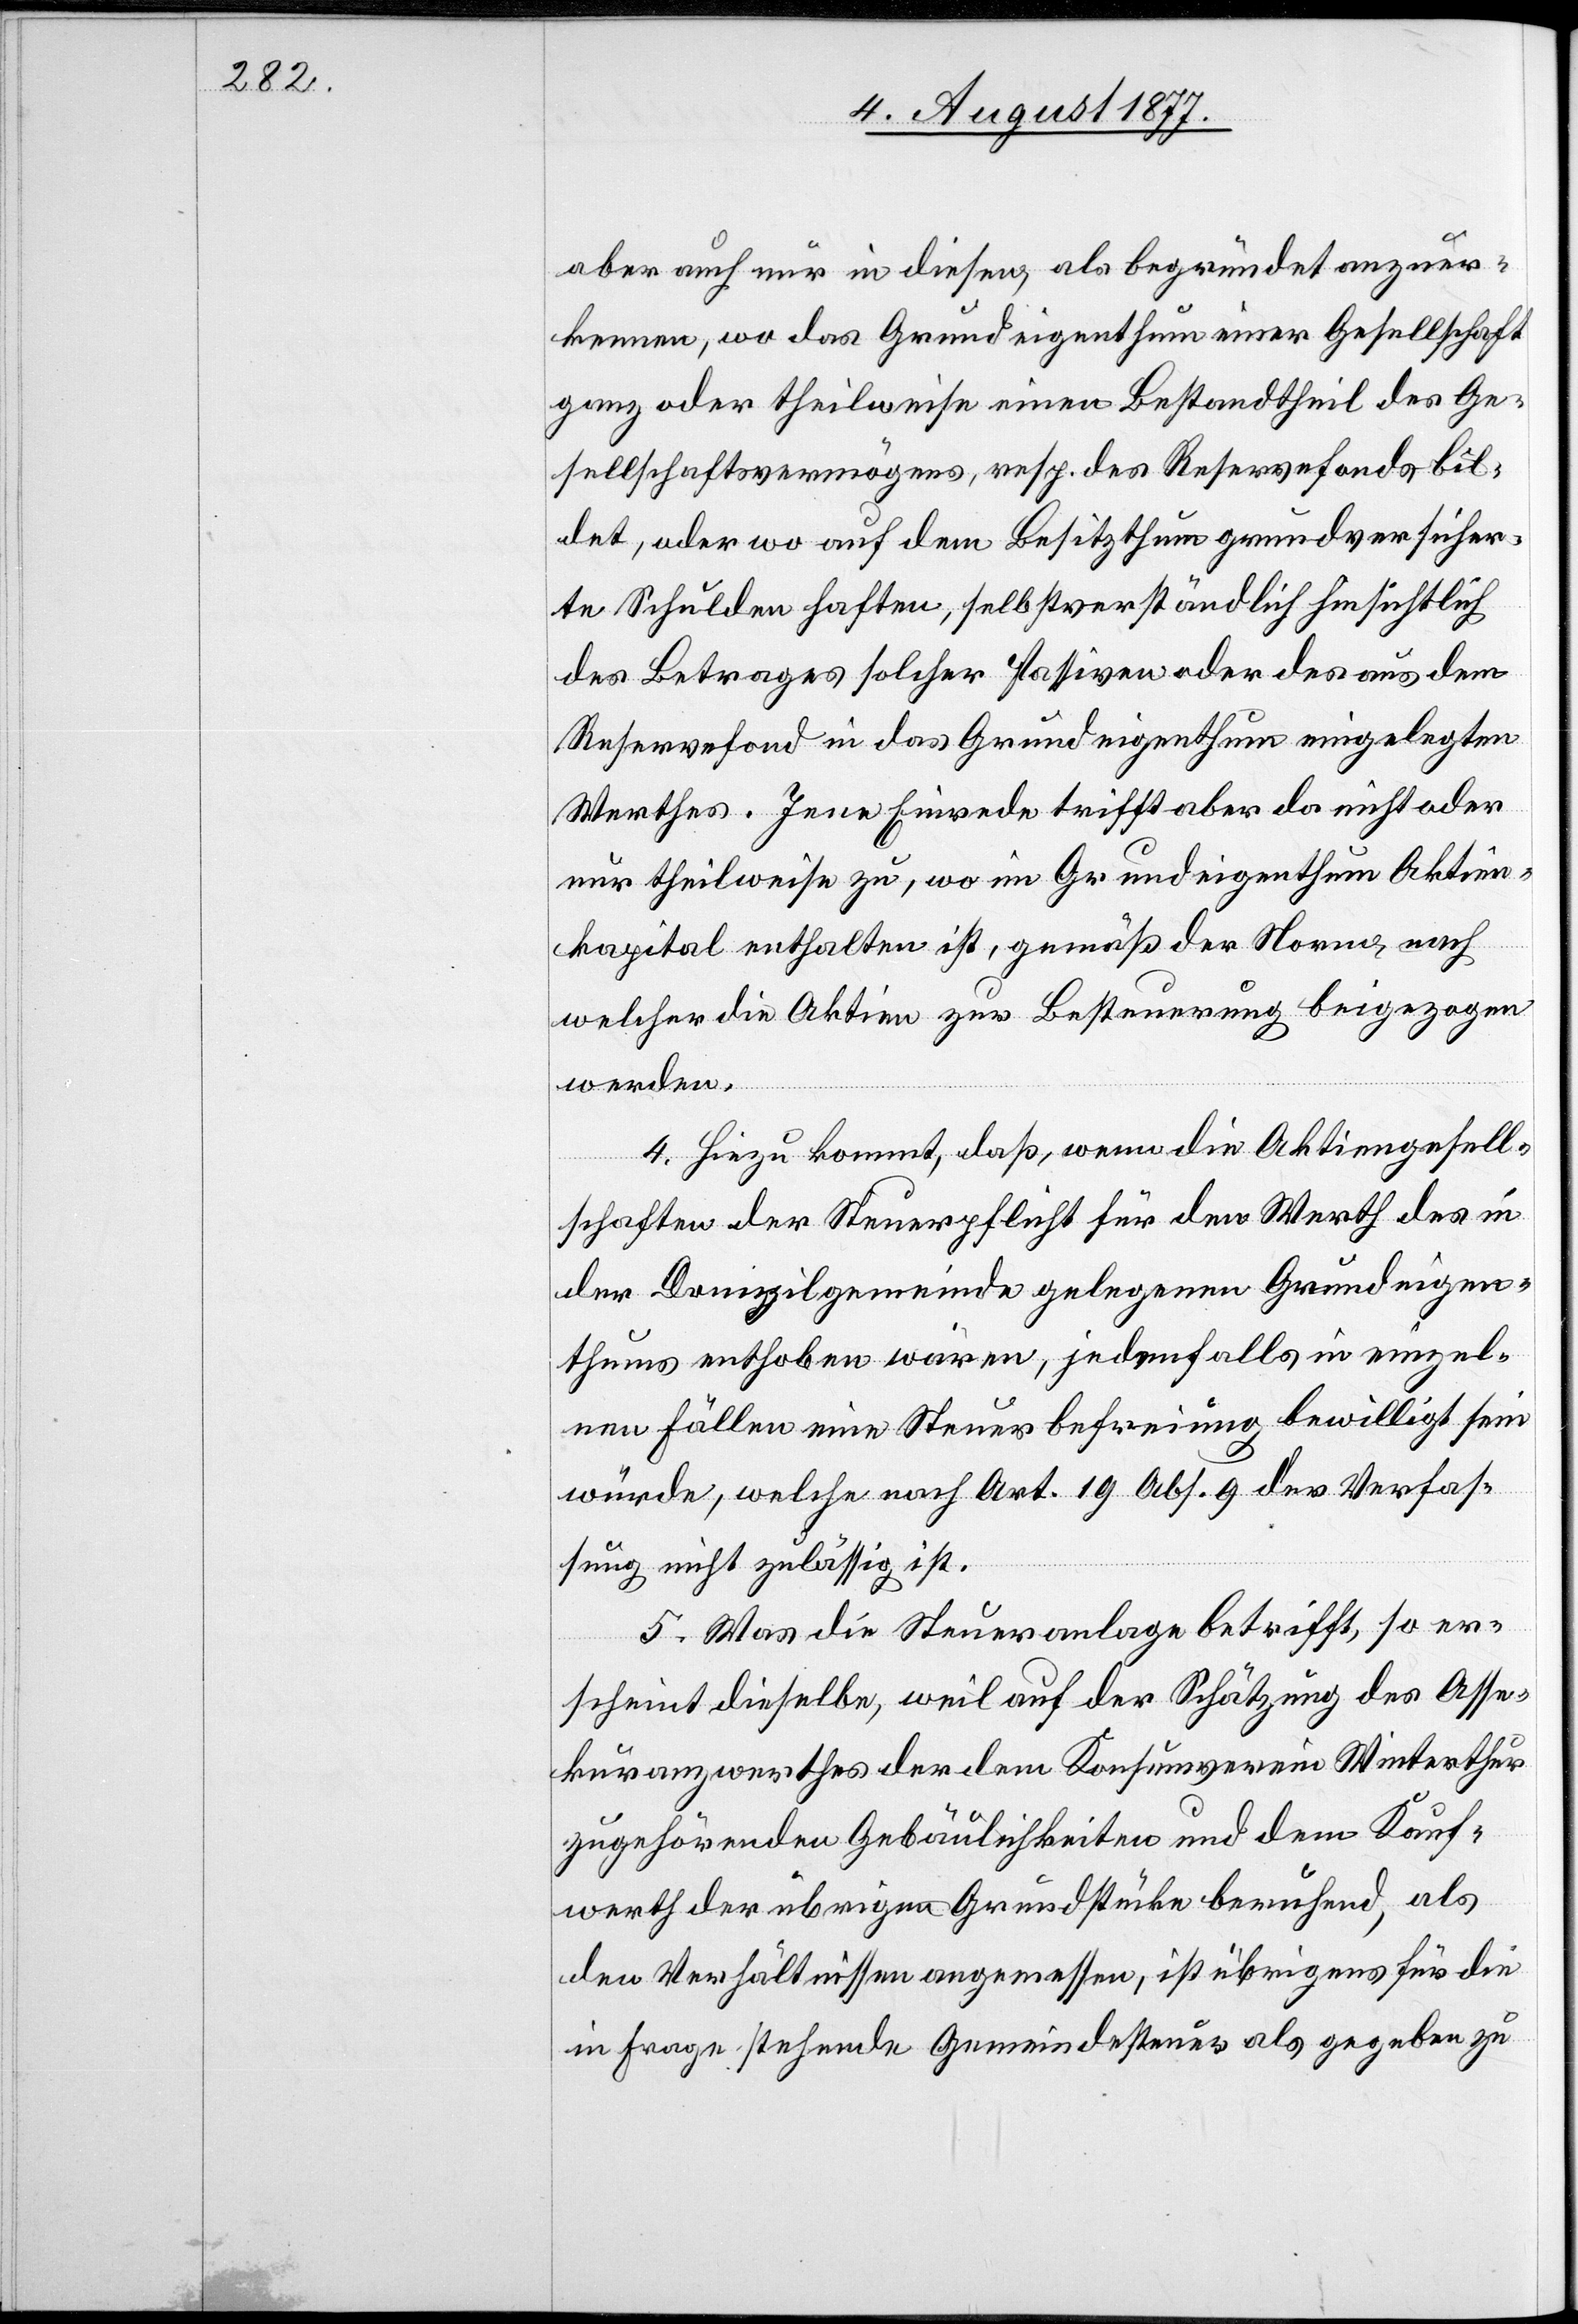
aber auch nur in diesen, als begründet anzuer¬
kennen, wo das Grundeigenthum einer Gesellschaft
ganz oder theilweise einen Bestandtheil des Ge¬
sellschaftsvermögens, resp. des Reservefonds bil¬
det, oder wo auf dem Besitzthum grundversicher¬
te Schulden haften, selbstverständlich hinsichtlich
des Betrages solcher Passiven oder des aus dem
Reservefond in das Grundeigenthum eingelegten
Werthes. Jene Einrede trifft aber da nicht oder
nur theilweise zu, wo im Grundeigenthum Aktien¬
kapital enthalten ist, gemäß der Norm, nach
welcher die Aktien zur Besteuerung beigezogen
werden.
4. Hiezu kommt, daß, wenn die Aktiengesell¬
schaften der Steuerpflicht für den Werth des in
der Domizilgemeinde gelegenen Grundeigen¬
thums enthoben wären, jedenfalls in einzel¬
nen Fällen eine Steuerbefreiung bewilligt sein
würde, welche nach Art. 19 Abs. 9 der Verfas¬
sung nicht zulässig ist.
5. Was die Steueranlage betrifft, so er¬
scheint dieselbe, weil auf der Schätzung des Asse¬
kuranzwerthes der dem Konsumverein Winterthur
zugehörenden Gebäulichkeiten und dem Kauf¬
werth der übrigen Grundstücke beruhend, als
den Verhältnissen angemessen, ist übrigens für die
in Frage stehende Gemeindesteuer als gegeben zu